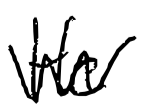
Text: He
Cross-out: zig-zag
Writing tool: digital_black